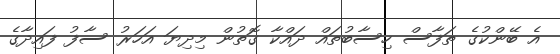
އެ ބޭންކުގެ ތަފާސް ހިސާބުތައް ދައްކާ ގޮތުން މިދިޔަ އަހަރު ސާފު ފައިދާގެ